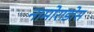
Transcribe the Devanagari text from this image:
नामोराडोस